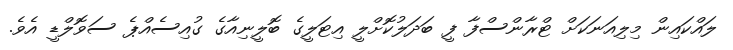
ލައްކައިން މިލިއަނަކަށް ޓްރާންސްފާ ފީ ބަދަލުކޮށްލީ އިޓަލީގެ ބޮލީނިއާގެ ގުއިސެއްޕެ ސަވޮލްޑީ އެވެ.